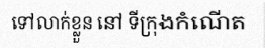
ទៅលាក់ខ្លួន នៅ ទីក្រុងកំណើត